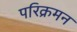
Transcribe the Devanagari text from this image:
परिक्रमन